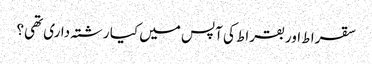
سقرا ط اور بقراط کی آپس میں کیا رشتہ داری تھی؟